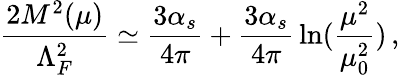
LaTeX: \frac{2M^{2}(\mu)}{\Lambda_{F}^{2}}\simeq\frac{3\alpha_{s}}{4\pi}+\frac{3\alpha_{s}}{4\pi}\, \ln(\frac{\mu^{2}}{\mu_{0}^{2}})\, ,